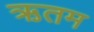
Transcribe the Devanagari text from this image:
ऋतम